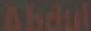
Abdul